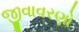
જીવાવરણો